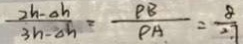
\frac { 2 h - \Delta h } { 3 n - \Delta h } = \frac { \rho B } { \rho A } = \frac { 8 } { 2 . 7 }